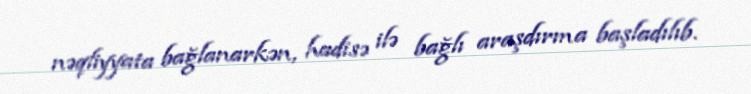
nəqliyyata bağlanarkən, hadisə ilə bağlı araşdırma başladılıb.